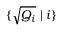
\{ { \sqrt { Q _ { i } } } \mid i \}